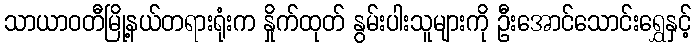
သာယာဝတီမြို့နယ်တရားရုံးက နှိုက်ထုတ် နွမ်းပါးသူများကို ဦးအောင်သောင်းရွှေနှင့်